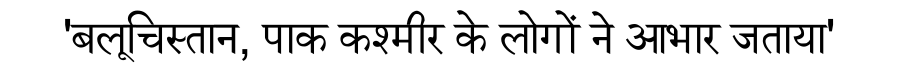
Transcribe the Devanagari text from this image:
'बलूचिस्तान, पाक कश्मीर के लोगों ने आभार जताया'